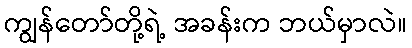
ကျွန်တော်တို့ရဲ့ အခန်းက ဘယ်မှာလဲ။